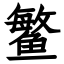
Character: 鳘